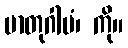
မာတုဂါမံ၊ ကို။